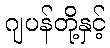
ဂျပန်တို့နှင့်